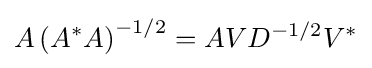
A\left(A^{*}A\right)^{-1/2}=AVD^{-1/2}V^{*}